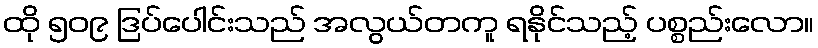
ထို ၅၀၉ ဒြပ်ပေါင်းသည် အလွယ်တကူ ရနိုင်သည့် ပစ္စည်းလော။